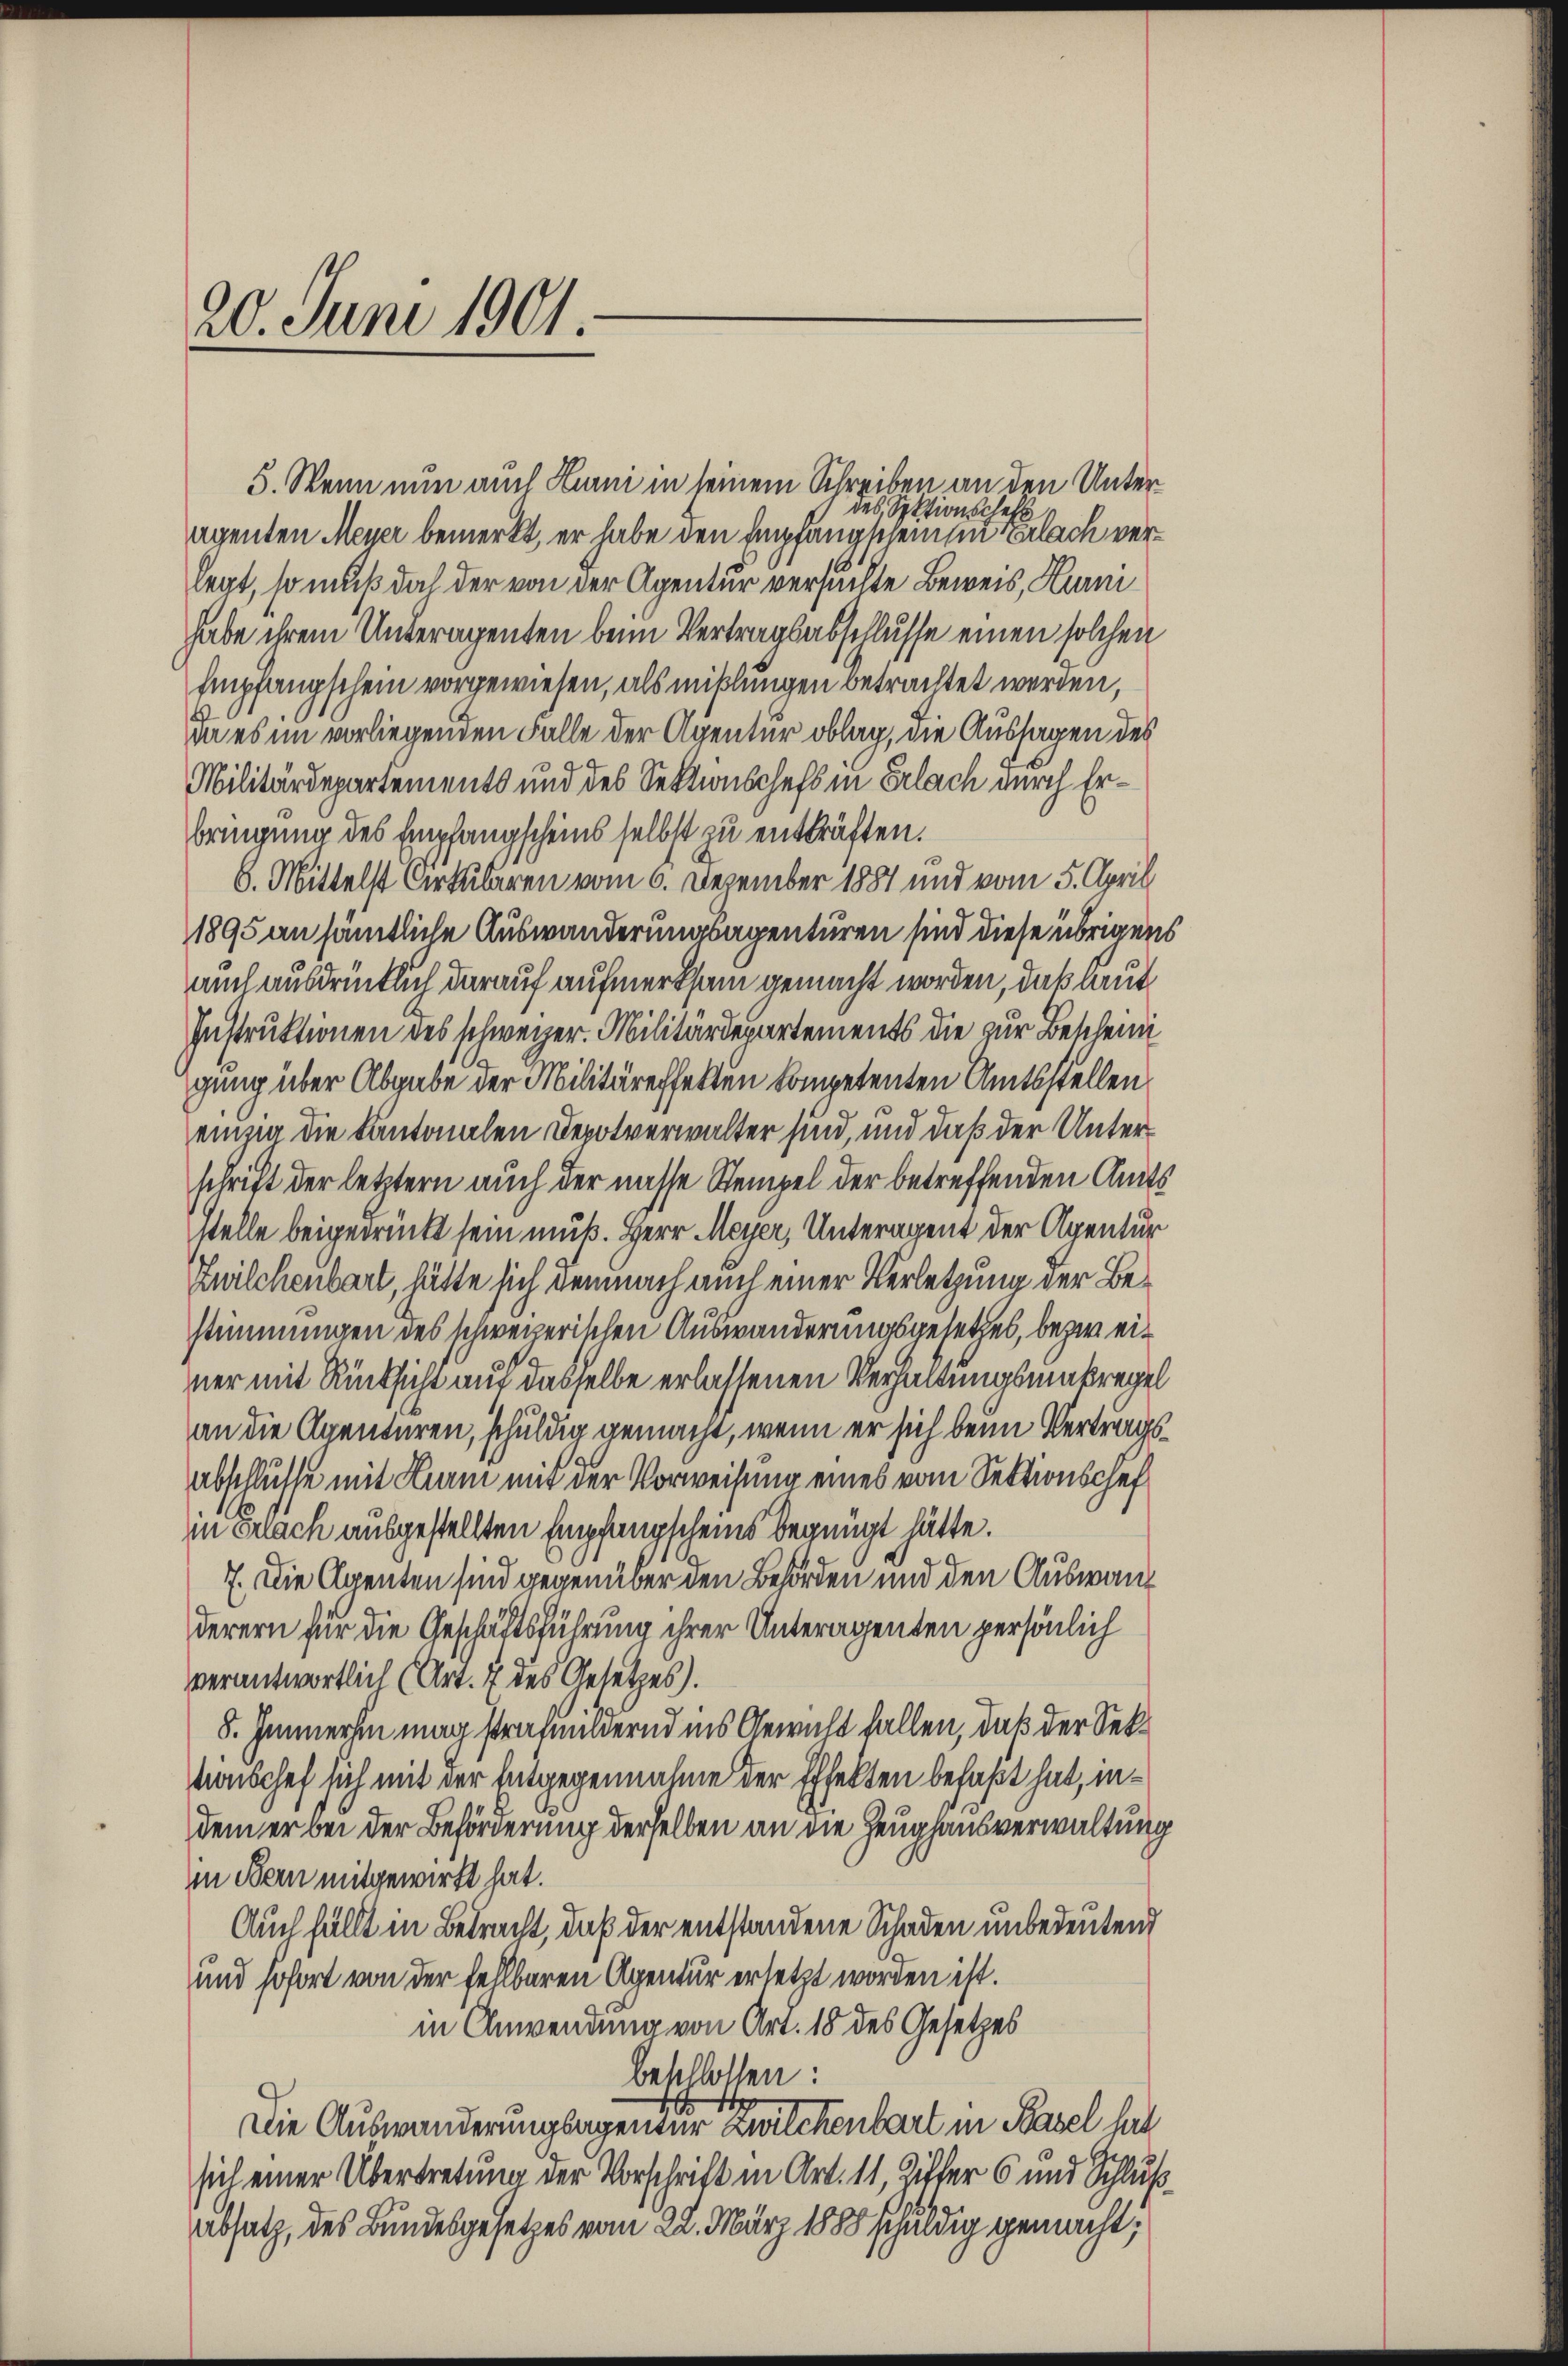
20. Juni 1901.

5. Wenn nun auch Hurni in seinem Schreiben an den Unterdes Sektionschaft
agenten Meyer bemerkt, er habe den Empfangscheinen Erlach verlegt, so muß doch der von der Agentur versuchte Beweis, Hurn
habe ihrem Unteragenten beim Vertragsabschlusse einen solchen
Empfangschein vorgewiesen, als mißlungen betrachtet werden,
da es im vorliegenden Falle der Agentur oblag, die Aussagen des
Militärdepartements und des Sektionschefs in Erlach durch Erbringung des Empfangscheins selbst zu entkräften.
6. Mittelst Cirkularen vom 6. Dezember 1887 und vom 5. April
1895 an sämtliche Auswanderungsagenturen sind diese übrigens
auch ausdrücklich darauf aufmerksam gemacht worden, daß laut
Instruktionen des schweizer. Militärdepartements die zur Bescheini
gung über Abgabe der Militäreffekten kompetenten Amtsstellen
einzig die Kantonalen Depotverwalter sind, und daß der Unterschrift der letztern auch der nasse Stempel der betreffenden Amts
stelle beigedrückt sein muß. Herr Meyer, Unteragent der Agentur
Zwilchenbart, hätte sich demnach auch einer Verletzung der Bestimmungen des schweizerischen Auswanderungsgesetzes, bezweiner mit Rücksicht auf dasselbe erlassenen Verhaltungsmakregel
an die Agenturen, schuldig gemacht, wenn er sich beim Vertragsabschlusse mit Harm mit der Vorweisung eines vom Sektionschef
in Erlach ausgestellten Empfangscheins begnügt hätte.
7. Die Agenten sind gegenüber den Behörden und den Auswanderern für die Geschäftsführung ihrer Unteragenten persönlich
verantwortlich (Art. 7 des Gesetzes).
8. Immerhin mag strafmildernd ins Gewicht fallen, daß der Sek¬
Monschef sich mit der Entgegennahme der Effekten befaßt hat, indem er bei der Beförderung derselben an die Zeughausverwaltung
in Bern mitgewirft hat.
Auch fällt in Betracht, daß der entstandene Schaden unbedeutend
und sofort von der fehlbaren Agentur ersetzt worden ist.
in Anwendung von Art. 18 des Gesetzes
beschlossen:
Die Auswanderungsagender Zwilchenbart in Basel hat
sich einer Übertretung der Vorschrift in Art. 11, Riffer 6 und Schluß¬
Absatz, des Bundesgesetzes vom 22. März 1888 schuldig gemacht,